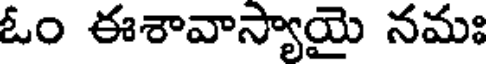
ఓం ఈశావాస్యాయై నమః